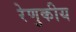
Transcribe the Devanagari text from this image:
रेणुकीय